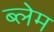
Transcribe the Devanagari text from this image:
ब्लेम